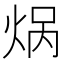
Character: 㶽